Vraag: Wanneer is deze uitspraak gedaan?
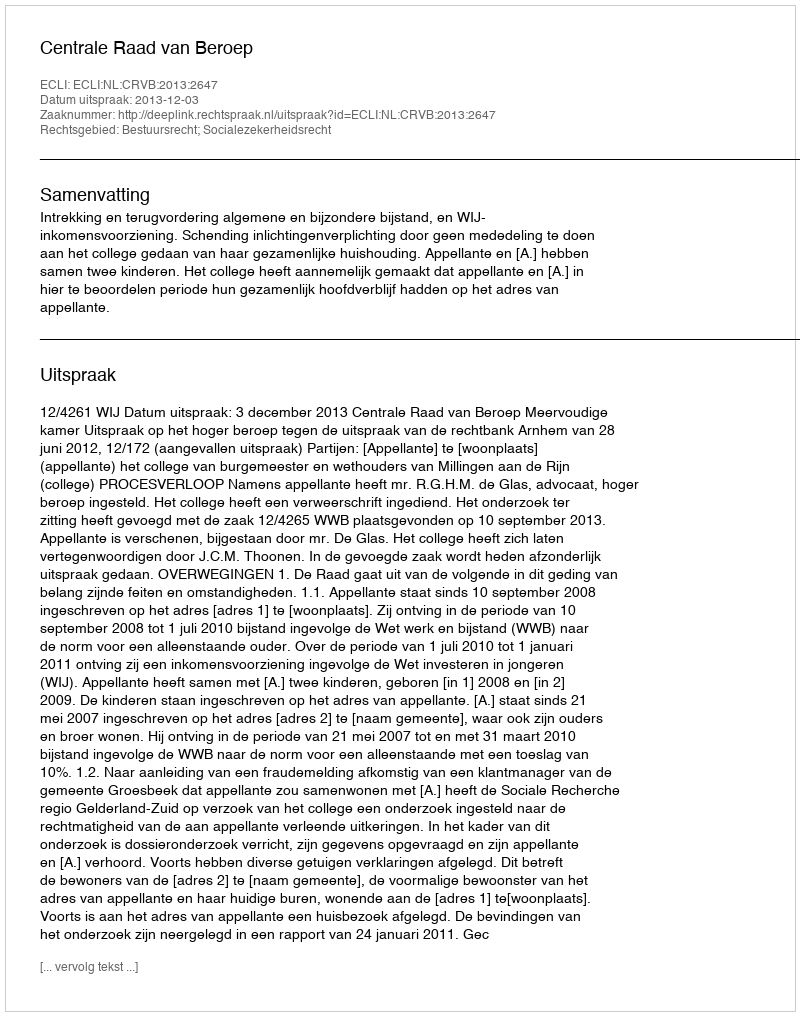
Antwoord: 2013-12-03